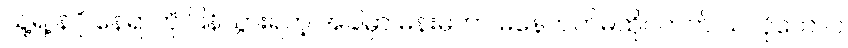
သူ့ရဲ့ နဂို နေရာကို ပြန်သွားရတဲ့ အခါမှာ မိန်းမဟာ မနေတတ်မထိုင်တတ် သလိုတောင်